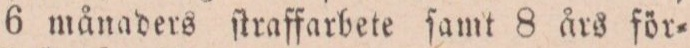
6 månaders ſtraffarbete ſamt 8 års för=